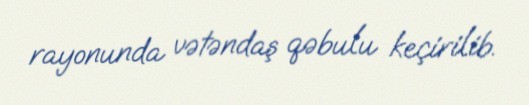
rayonunda vətəndaş qəbulu keçirilib.